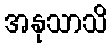
အနုသာသိ